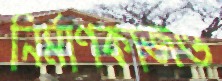
নির্মাণকাজও